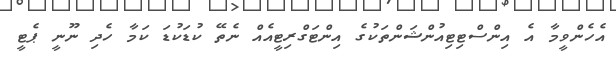
އެހެންވީމާ އެ އިންސްޓިޓިއުންޝަންތަކުގެ އިންޓަގްރިޓީއެއް ނެތޭ ކުޑަކުޑަ ކަމާ ހެދި ނޫނީ ޕެޓީ